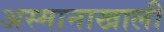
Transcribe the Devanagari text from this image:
अस्मानाखाली